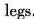
legs.